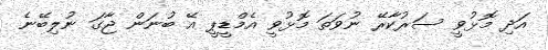
އަދި މޮޅުވީ ސަރުކާރޭ ނުވަތަ މޮޅުވީ އެމްޑީޕީ އޭ ބުނަން ޖާގަ ނުލިބޭނެ